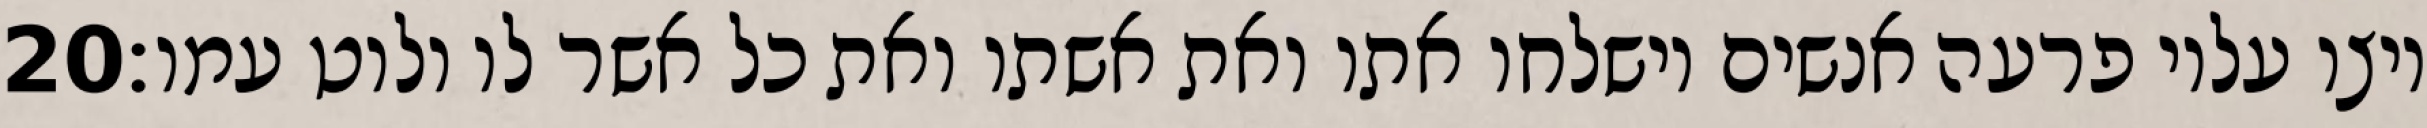
‎20‏ ויצו עליו פרעה אנשים וישלחו אתו ואת אשתו ואת כל אשר לו ולוט עמו׃